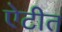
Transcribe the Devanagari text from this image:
ऐटीत